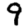
Digit: 9